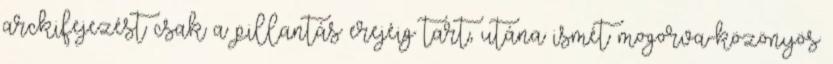
arckifejezést csak a pillantás erejéig tart, utána ismét mogorva-közönyös